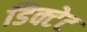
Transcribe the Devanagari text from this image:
डिक्टेट